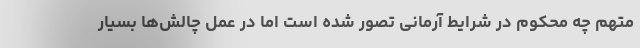
متهم چه محکوم در شرایط آرمانی تصور شده است اما در عمل چالش‌ها بسیار